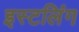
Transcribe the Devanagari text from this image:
इस्टलिंग